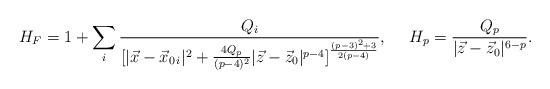
LaTeX: \begin{align*}H_F=1+\sum_i{{Q_i}\over{[|\vec{x}-\vec{x}_{0\,i}|^2+{{4Q_p}\over{(p-4)^2}}|\vec{z}-\vec{z}_0|^{p-4}]^{{(p-3)^2+3}\over{2(p-4)}}}},\ \ \ \ H_p={{Q_p}\over{|\vec{z}-\vec{z}_0|^{6-p}}}.\end{align*}